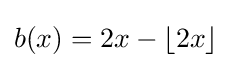
b(x)=2x-\lfloor 2x\rfloor